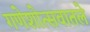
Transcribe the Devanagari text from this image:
गणेशोत्सवातले